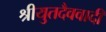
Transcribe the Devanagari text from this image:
श्रीयुतदैववादी